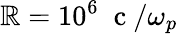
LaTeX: \mathbb{R}=10^{6}\; \mathrm{{~c~}}/\omega_{p}